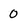
Character: 0